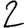
Digit: 2